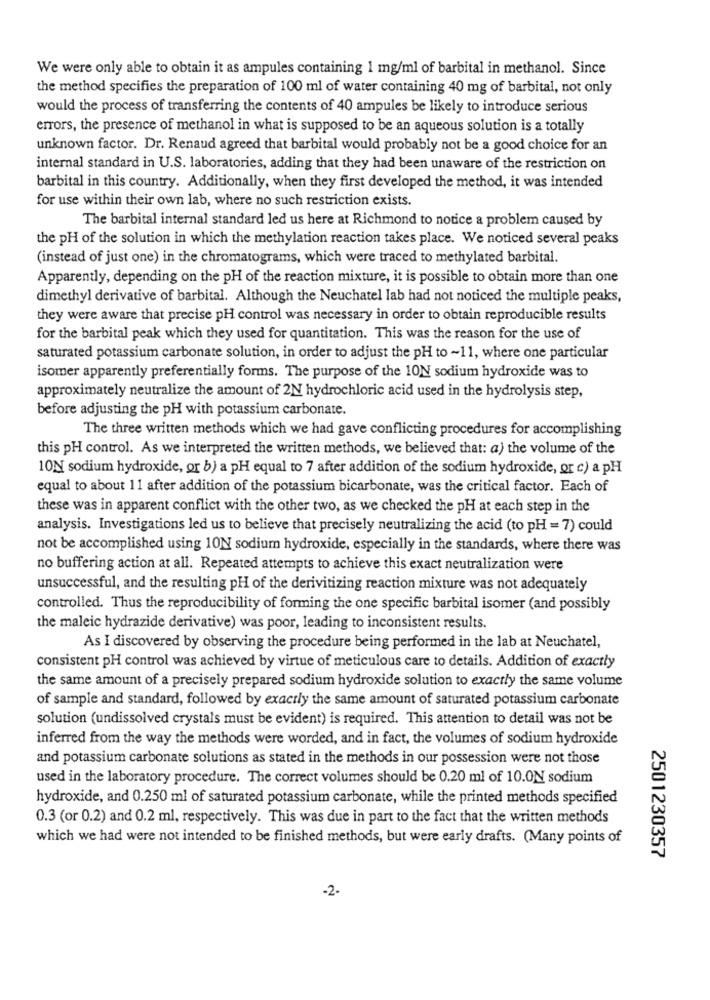
We were only able to obtain it as ampules containing 1 mg/ml of barbital in methanol. Since
the method specifies the preparation of 100 ml of water containing 40 mg of barbital, not only
would the process of transferring the contents of 40 ampules be likely to introduce serious
errors, the presence of methanol in what is supposed to be an aqueous solution is a totally
unknown factor. Dr. Renaud agreed that barbital would probably not be a good choice for an
internal standard in U.S. laboratories, adding that they had been unaware of the restriction on
barbital in this country. Additionally, when they first developed the method, it was intended
for use within their own lab, where no such restriction exists.
The barbital internal standard led us here at Richmond to notice a problem caused by
the pH of the solution in which the methylation reaction takes place. We noticed several peaks
(instead of just one) in the chromatograms, which were traced to methylated barbital.
Apparently, depending on the pH of the reaction mixture, it is possible to obtain more than one
dimethyl derivative of barbital. Although the Neuchatel lab had not noticed the multiple peaks,
they were aware that precise pH control was necessary in order to obtain reproducible results
for the barbital peak which they used for quantitation. This was the reason for the use of
saturated potassium carbonate solution, in order to adjust the pH to ~11, where one particular
isomer apparently preferentially forms. The purpose of the 1ON sodium hydroxide was to
approximately neutralize the amount of 2N hydrochloric acid used in the hydrolysis step,
before adjusting the pH with potassium carbonate.
The three written methods which we had gave conflicting procedures for accomplishing
this pH control. As we interpreted the written methods, we believed that: a) the volume of the
10N[ sodium hydroxide, or b) a pH equal to 7 after addition of the sodium hydroxide, or c) a pH
equal to about 11 after addition of the potassium bicarbonate, was the critical factor. Each of
these was in apparent conflict with the other two, as we checked the pH at each step in the
analysis. Investigations led us to believe that precisely neutralizing the acid (to pH = 7) could
not be accomplished using 10N sodium hydroxide, especially in the standards, where there was
no buffering action at all. Repeated attempts to achieve this exact neutralization were
unsuccessful, and the resulting pH of the derivitizing reaction mixture was not adequately
controlled. Thus the reproducibility of forming the one specific barbital isomer (and possibly
the maleic hydrazide derivative) was poor, leading to inconsistent results.
As I discovered by observing the procedure being performed in the lab at Neuchatel,
consistent pH control was achieved by virtue of meticulous care to details. Addition of exactly
the same amount of a precisely prepared sodium hydroxide solution to exactly the same volume
of sample and standard, followed by exactly the same amount of saturated potassium carbonate
solution (undissolved crystals must be evident) is required. This attention to detail was not be
inferred from the way the methods were worded, and in fact, the volumes of sodium hydroxide
and potassium carbonate solutions as stated in the methods in our possession were not those
used in the laboratory procedure. The correct volumes should be 0.20 ml of 10.0N sodium
hydroxide, and 0.250 ml of saturated potassium carbonate, while the printed methods specified
0.3 (or 0.2) and 0.2 ml, respectively. This was due in part to the fact that the written methods
which we had were not intended to be finished methods, but were early drafts. (Many points of
2501230357
-2-